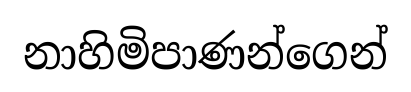
නාහිමිපාණන්ගෙන්